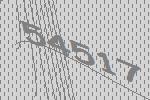
54517